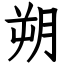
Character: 朔